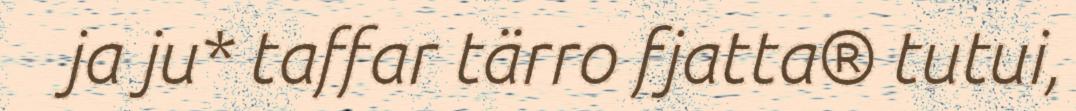
ja ju* taffar tärro fjatta® tutui,